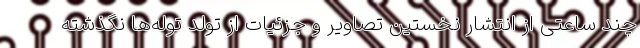
چند ساعتی از انتشار نخستین تصاویر و جزئیات از تولد توله‌ها نگذشته